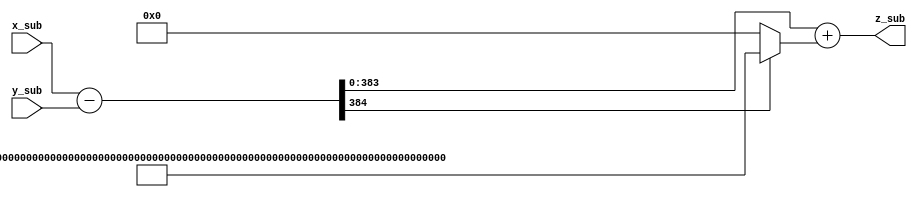
module modular_substraction_384(
    input  [384-1:0] x_sub,
    input  [384-1:0] y_sub,
    output [384-1:0] z_sub
    );

    localparam M = 384'h 1a0111ea397fe69a4b1ba7b6434bacd764774b84f38512bf6730d2a0f6b0f6241eabfffeb153ffffb9feffffffffaaab;

    wire [384-1:0] q;
    wire c;
    wire [384-1:0] d;
    wire b;

    assign {b,d} = x_sub - y_sub;
    assign  q = (b == 1)? M : 0;
    assign {c,z_sub} = d + q;

endmodule